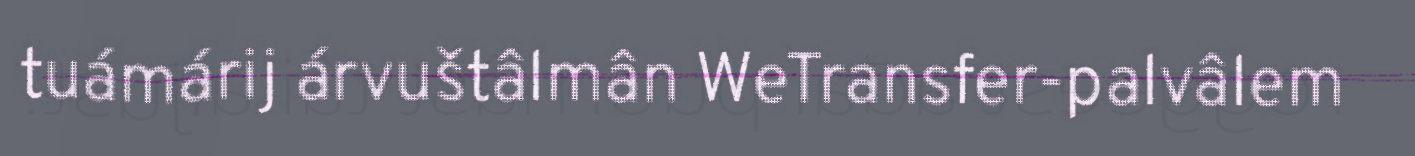
tuámárij árvuštâlmân WeTransfer-palvâlem